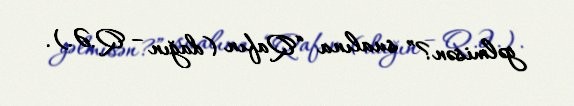
gəlmisən?” sualına “Qafın (dağın – Q.Ə.).